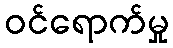
ဝင်ရောက်မှု